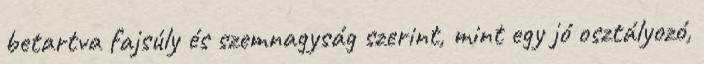
betartva fajsúly és szemnagyság szerint, mint egy jó osztályozó,